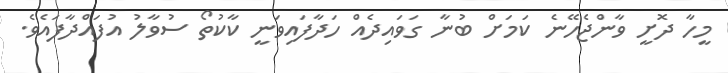
މީހާ ދޮށީ ވާންޖެހޭނެ ކަމަށް ބުނާ ގަވައިދެއް ހަދާފައިވަނީ ކާކުތޯ ސުވާލު އުފައްދާފައެވެ.